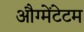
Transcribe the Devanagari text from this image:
औग्मेंटेटम